Reports on dispensaries and lunatic asylums in the Province of Oudh - 1869-1876
Year: 1869
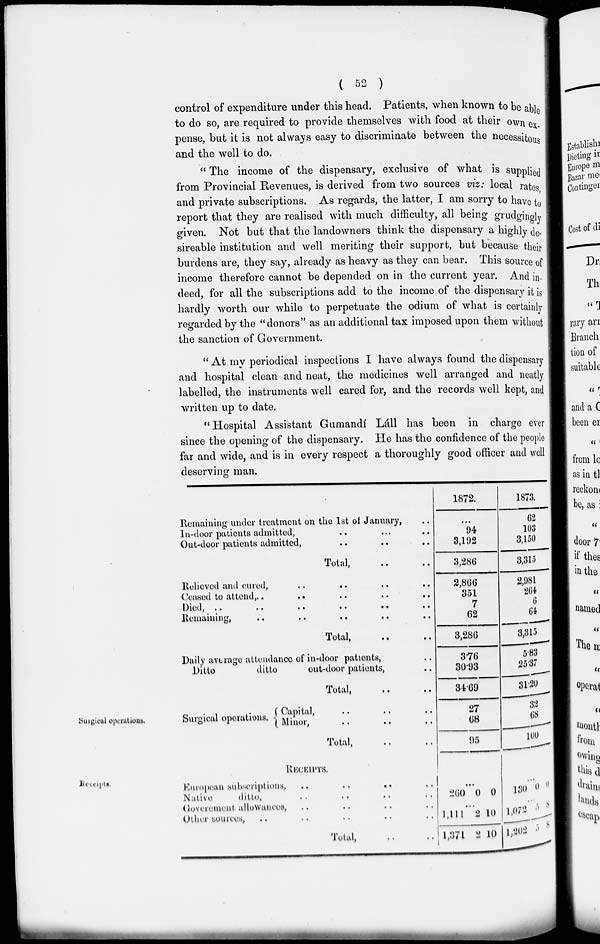
( 52 )
control of expenditure under this head. Patients, when known to be able
to do so, are required to provide themselves with food at their own ex-
pense, but it is not always easy to discriminate between the necessitous
and the well to do.
" The income of the dispensary, exclusive of what is supplied
from Provincial Revenues, is derived from two sources viz: local rates,
and private subscriptions. As regards, the latter, I am sorry to have to
report that they are realised with much difficulty, all being grudgingly
given. Not but that the landowners think the dispensary a highly de-
sireable institution and well meriting their support, but because their
burdens are, they say, already as heavy as they can bear. This source of
income therefore cannot be depended on in the current year. And in-
deed, for all the subscriptions add to the income of the dispensary it is
hardly worth our while to perpetuate the odium of what is certainly
regarded by the "donors" as an additional tax imposed upon them without
the sanction of Government.
" At my periodical inspections I have always found the dispensary
and hospital clean and neat, the medicines well arranged and neatly
labelled, the instruments well cared for, and the records well kept, and
written up to date.
" Hospital Assistant Gumandí Láll has been in charge ever
since the opening of the dispensary. He has the confidence of the people
far and wide, and is in every respect a thoroughly good officer and well
deserving man.
Surgical operations.
Remaining under treatment on the 1st of January, ..
In-door patients admitted, .. .. ..
Out-door patients admitted, .. .. ..
Total, .. ..
Relieved and cured , .. .. .. ..
Ceased to attend, .. .. .. ..
Died ,
..
..
..
..
..
..
Remaining, .. .. .. .. ..
Total, .. ..
Daily average attendance of in-door patients, ..
Ditto
ditto
out-door patients, ..
Total, .. ..
Surgical operations.
Capital, .. .. ..
Minor, .. .. ..
Total, .. ..
1872.
...
94
3,192
3,286
2,866
351
7
62
3,286
3.76
30.93
34.69
27
68
95
1873.
62
103
3,150
3,315
2,981
264
6
64
3,315
5.83
25.37
31.20
32
68
100
Receipts.
RECEIPTS.
European subscriptions,
..
..
..
..
Native
ditto, .. .. .. ..
Goverement allowances, .. .. .. ..
Other sources, .. .. .. .. .. ..
Total, .. ..
. ..
260 0 0
...
1,111
1,371
2
2
10
10
...
130 0 0
...
1,072
1,202
5
5
8
8